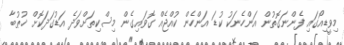
މިވީޑިއޯގައި ފެންނަގޮތުން އަންހެނަކު ކުޑަ އަންހެން ކުއްޖެއް ގޮވައިގެން މިސްކިތަށްވަދެ އަޑުގަދަކޮށް ޚުޠުބާ